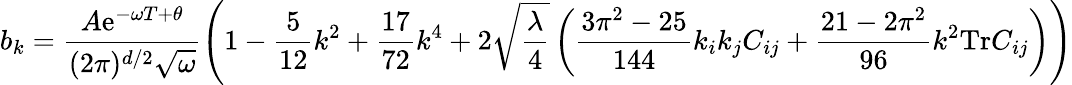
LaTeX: b_{k}=\frac{A\mathrm{e}^{-\omega T+\theta}}{(2\pi)^{d/2}\sqrt{\omega}}\left(1-\frac{5}{12}k^{2}+\frac{17}{72}k^{4}+2\sqrt{\frac{\lambda}{4}}\left(\frac{3\pi^{2}-25}{144}k_{i}k_{j}C_{ij}+\frac{21-2\pi^{2}}{96}k^{2}\mathrm{Tr}C_{ij}\right)\right)